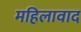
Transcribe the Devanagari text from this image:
महिलावाद